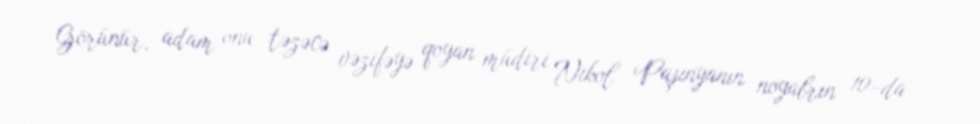
Görünür, adam onu təzəcə vəzifəyə qoyan müdiri Nikol Paşinyanın noyabrın 10-da